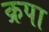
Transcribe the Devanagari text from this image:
क्रपा